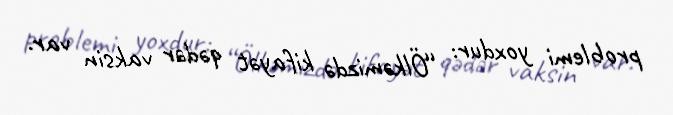
problemi yoxdur: “Ölkəmizdə kifayət qədər vaksin var.